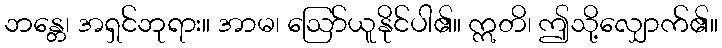
ဘန္တေ၊ အရှင်ဘုရား။ အာမ၊ ဩော်ယူနိုင်ပါ၏။ ဣတိ၊ ဤသို့လျှောက်၏။